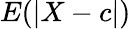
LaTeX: E(\left|X-c\right|)